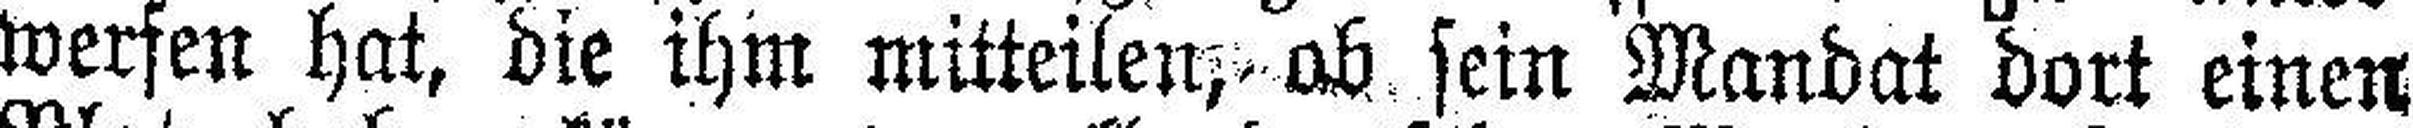
werfen hat, die ihm mitteilen, ob sein Mandat dort einen